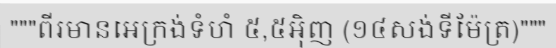
"""ពីរមានអេក្រង់ទំហំ ៥,៥អ៊ិញ (១៤សង់ទីម៉ែត្រ)"""